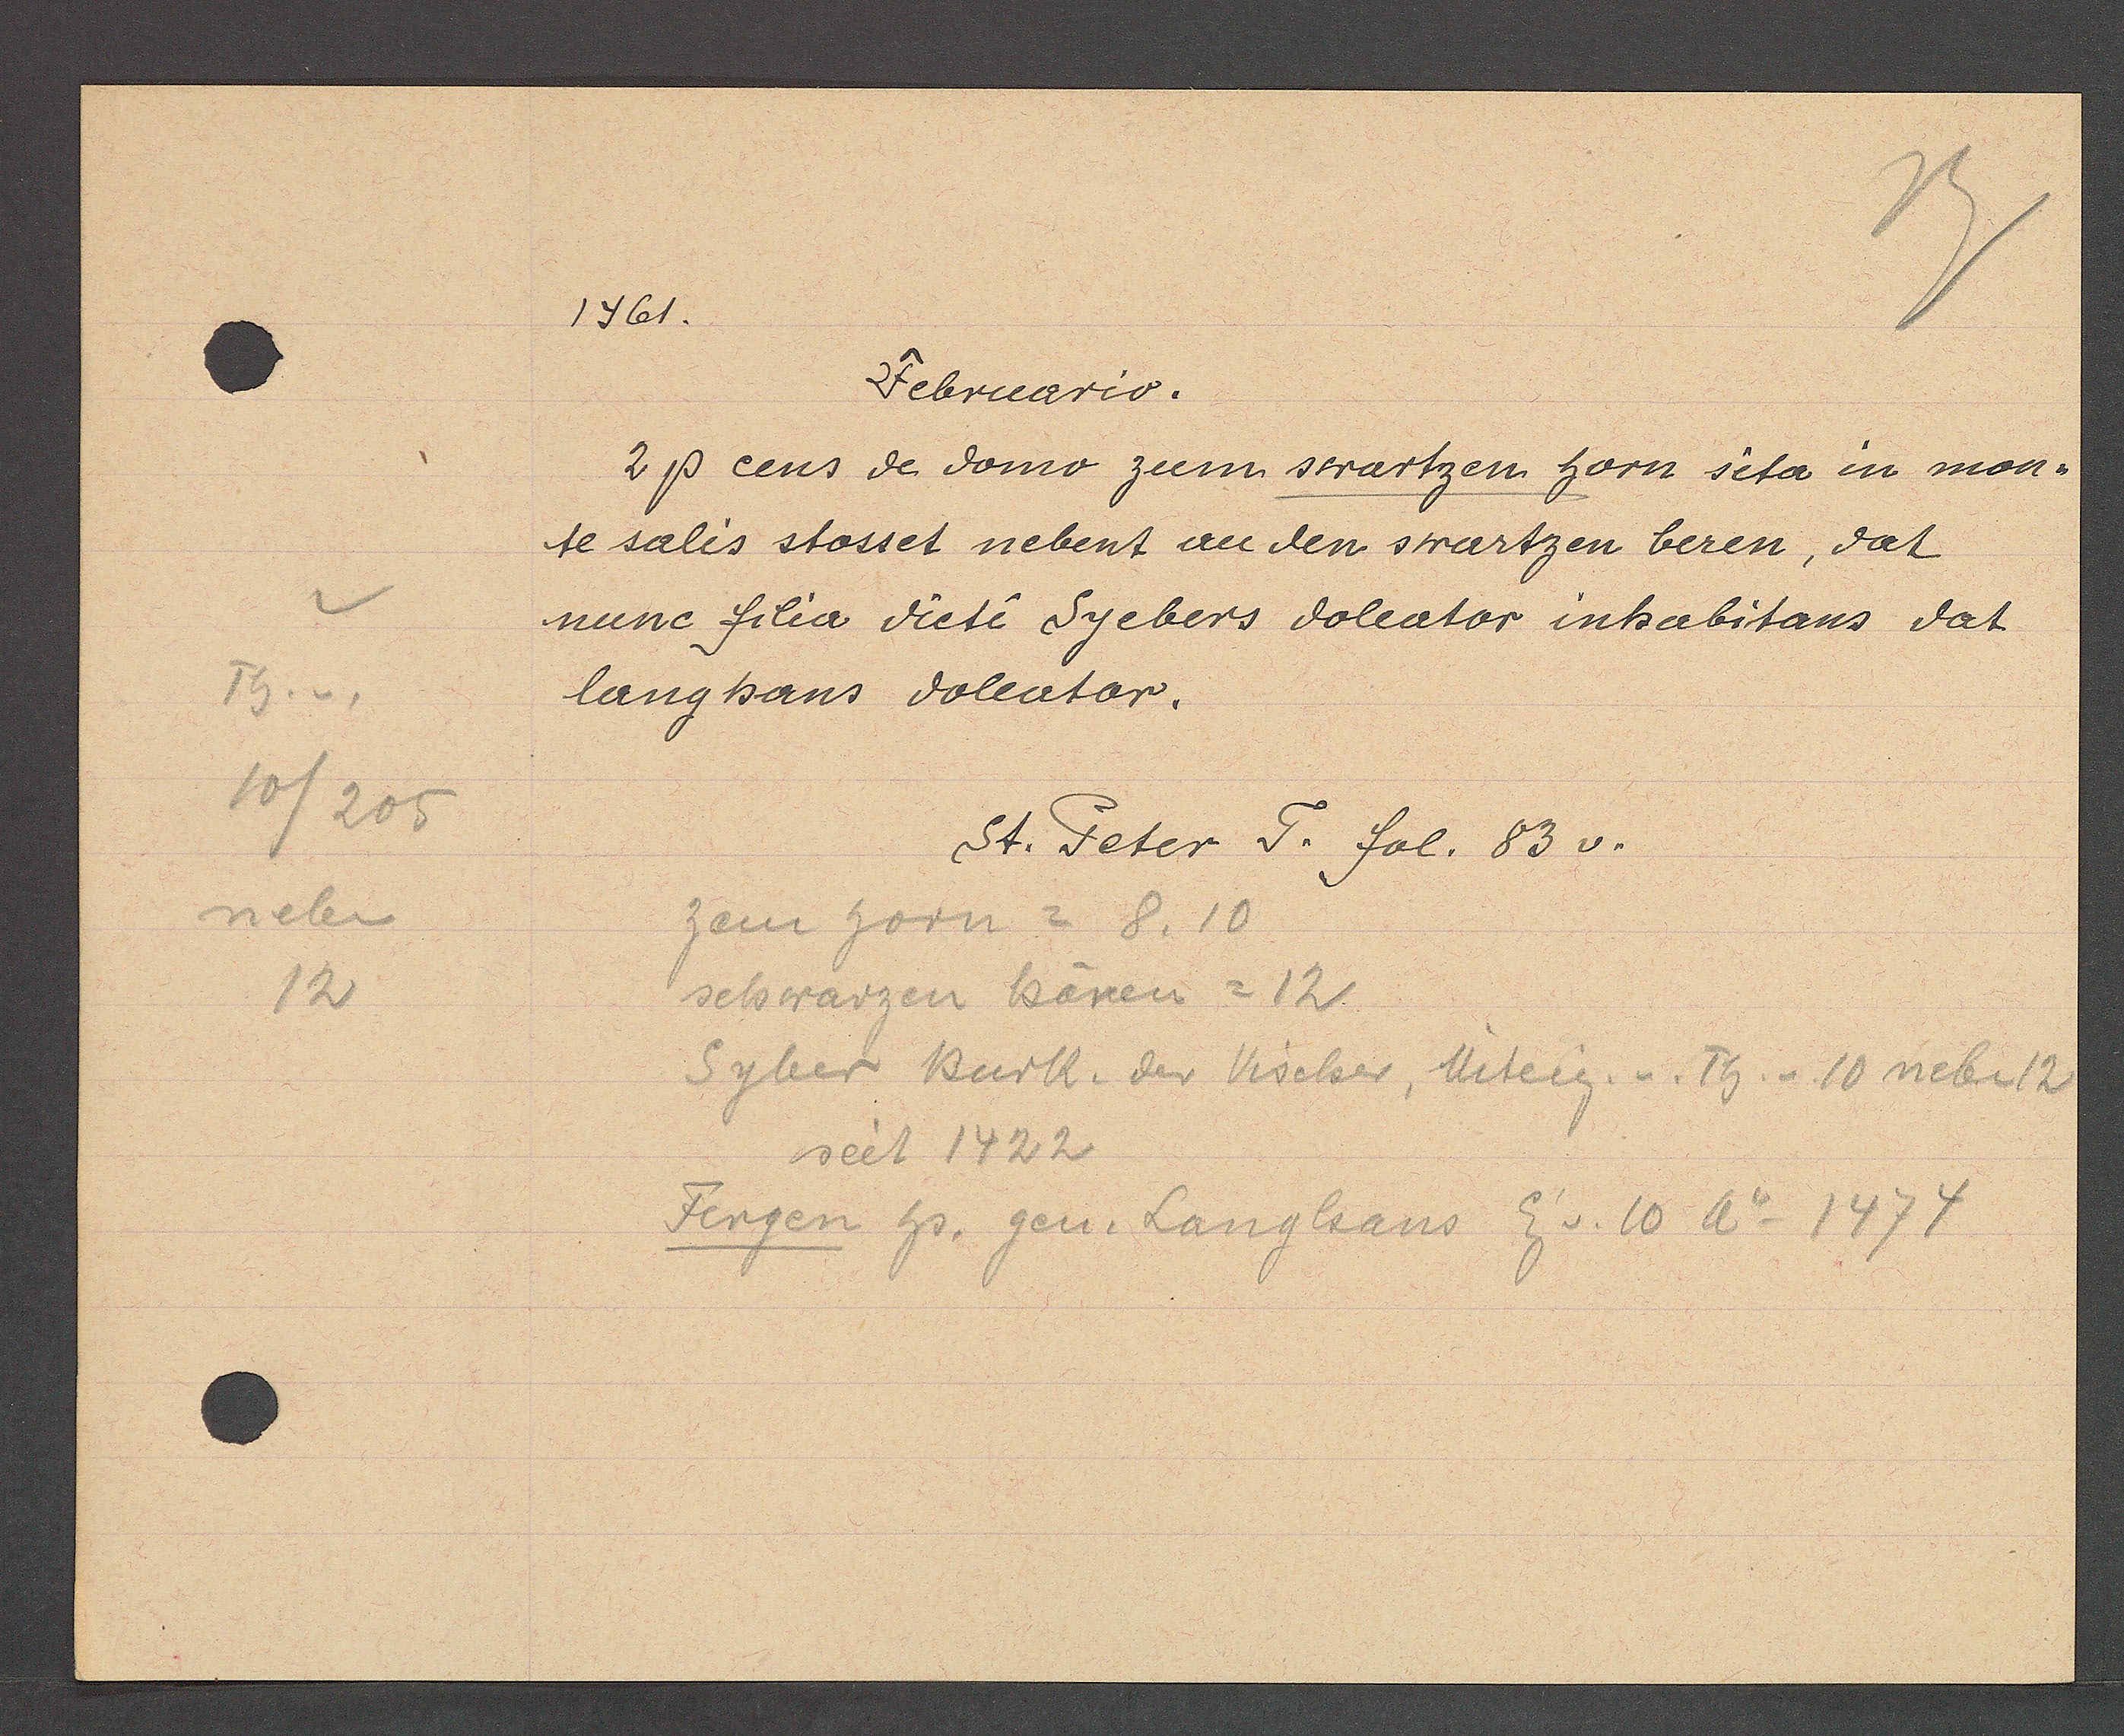
Transcript:
Th. v.
10/205
neben
12

1461.

Februario.
2 ß eens de domo zeem swartzen horn seta in man
te salis stosset nebent au den swartzen beren, dat
nune frlia dicti Syebers doleator inhabitaus dat
langhaus doleator.

St. Peter F. fol. 83 v.

zem horn = 8.10
schwarzen Bären = 12.
Syber Burk. der Vischer, Miteig. v. Th v. 10 neben 12
seit 1422
Fergen Hs. gen. Langhaus Ei v. 10 Ao 1474